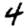
Digit: 4